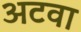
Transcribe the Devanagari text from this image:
अटवा